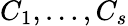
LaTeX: C_{1},\dots,C_{s}